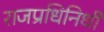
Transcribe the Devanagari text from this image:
राजप्रधिनिधी